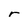
Character: r